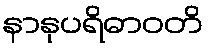
နာနုပရိဓာဝတိ